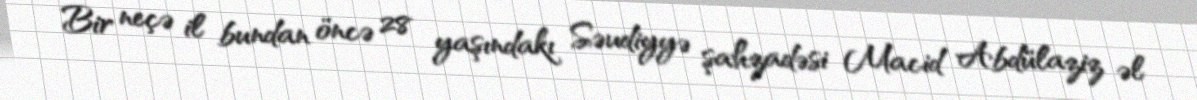
Bir neçə il bundan öncə 28 yaşındakı Səudiyyə şahzadəsi Macid Abdülaziz əl